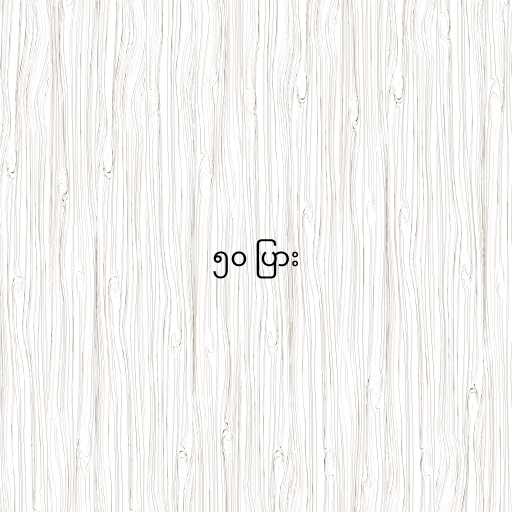
၅၀ ပြား